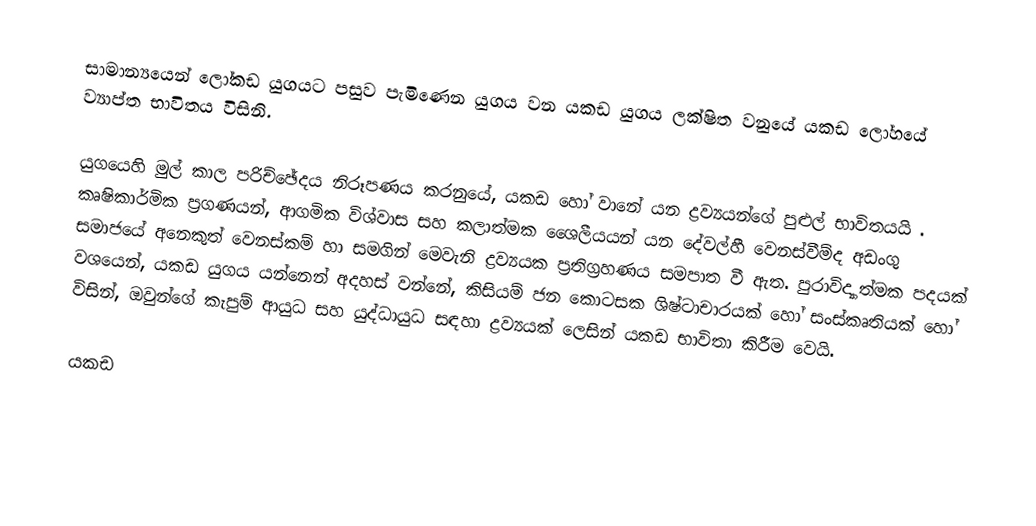
සාමාන්‍යයෙන් ලෝකඩ යුගයට පසුව පැමිණෙන යුගය වන  යකඩ යුගය ලක්ෂිත වනුයේ යකඩ ලෝහයේ ව්‍යාප්ත භාවිතය විසිනි.

යුගයෙහි මුල් කාල පරිච්ඡේදය නිරූපණය කරනුයේ,  යකඩ හෝ වානේ යන ද්‍රව්‍යයන්ගේ පුළුල් භාවිතයයි . කෘෂිකාර්මික ප්‍රගණයන්, ආගමික විශ්වාස සහ කලාත්මක ශෛලීයයන් යන දේවල්හී වෙනස්වීම්ද අඩංගු සමාජයේ අනෙකුත් වෙනස්කම් හා සමගින් මෙවැනි ද්‍රව්‍යයක ප්‍රතිග්‍රහණය සමපාත වී ඇත. පුරාවිද්‍යාත්මක පදයක් වශයෙන්, යකඩ යුගය යන්නෙන් අදහස් වන්නේ, කිසියම් ජන කොටසක ශිෂ්ටාචාරයක් හෝ සංස්කෘතියක් හෝ විසින්, ඔවුන්ගේ කැපුම් ආයුධ සහ යුද්ධායුධ සඳහ‍ා ද්‍රව්‍යයක් ලෙසින් යකඩ භාවිතා කිරීම වෙයි.

යකඩ